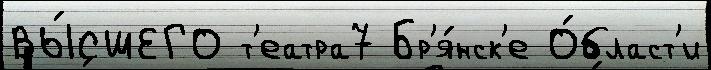
ВЫ́СШЕГО т'еатра7 Бр'я́нск'е О́бласт'и